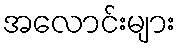
အလောင်းများ